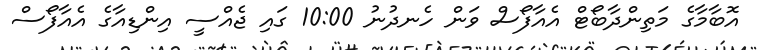
އޮބާމާގެ މަތިންދާބޯޓް އެއާފޯސް ވަން ހެނދުނު 10:00 ގައި ޖެއްސީ އިންޑިއާގެ އެއާފޯސް